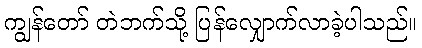
ကျွန်တော် တဲဘက်သို့ ပြန်လျှောက်လာခဲ့ပါသည်။